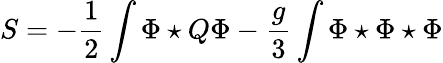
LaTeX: S=-\frac{1}{2}\int\Phi\star Q\Phi-\frac{g}{3}\int\Phi\star\Phi\star\Phi